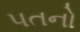
પતનો